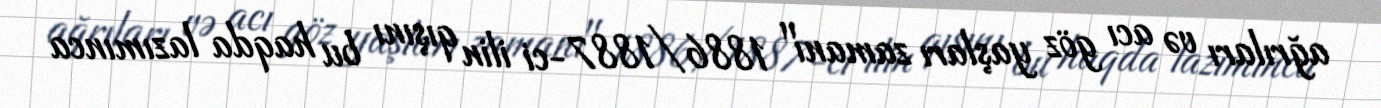
ağrıları və acı göz yaşları zamanı" 1886/1887-ci ilin qışını bu haqda lazımınca